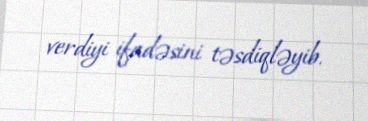
verdiyi ifadəsini təsdiqləyib.